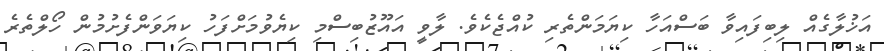
އަޚުލާގެއް ލިބިފައިވާ ބަސްއަހާ ކިޔަމަންތެރި ކުއްޖެކެވެ. ލާވީ އައޫޒުބިސްމި ކިޔެވުމަށްފަހު ކިޔަވަންފެށުމުން ހޯލްތެރެ